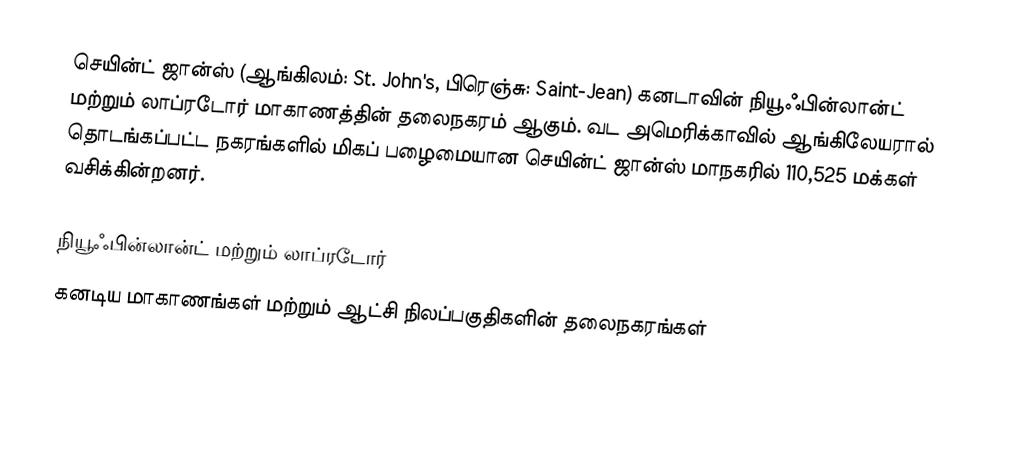
செயின்ட் ஜான்ஸ் (ஆங்கிலம்: St. John's, பிரெஞ்சு: Saint-Jean) கனடாவின் நியூஃபின்லான்ட் மற்றும் லாப்ரடோர் மாகாணத்தின் தலைநகரம் ஆகும். வட அமெரிக்காவில் ஆங்கிலேயரால் தொடங்கப்பட்ட நகரங்களில் மிகப் பழைமையான செயின்ட் ஜான்ஸ் மாநகரில் 110,525 மக்கள் வசிக்கின்றனர்.

நியூஃபின்லான்ட் மற்றும் லாப்ரடோர்
கனடிய மாகாணங்கள் மற்றும் ஆட்சி நிலப்பகுதிகளின் தலைநகரங்கள்